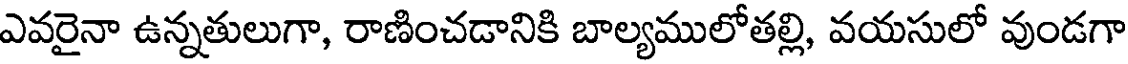
ఎవరైనా ఉన్నతులుగా, రాణించడానికి బాల్యములోతల్లి, వయసులో వుండగా